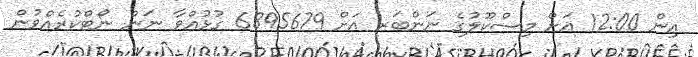
އިން 12:00 އަށް މިސްކޫލުގެ ނަންބަރ އަށް 6895679 ގުޅުއްވާ ނަން ނޯޓްކުރެއްވުން